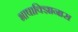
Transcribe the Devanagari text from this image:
भाषाविज्ञानास